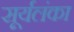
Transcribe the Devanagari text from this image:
सूर्यलंका